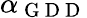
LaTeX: \alpha_{\mathrm{~G~D~D~}}